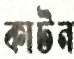
কাটন